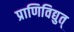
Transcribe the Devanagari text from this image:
प्राणिविद्युत्